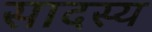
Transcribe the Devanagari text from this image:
सादस्य